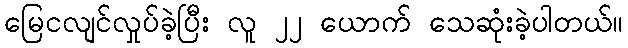
မြေငလျင်လှုပ်ခဲ့ပြီး လူ ၂၂ ယောက် သေဆုံးခဲ့ပါတယ်။